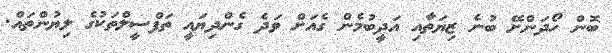
ބޮން ހޯދަންށޭ ބުނެ ޒިޔަތާއި އަދީބުމެން ގެއަށް ވަދެ ގެންދިޔައީ ތަފްސީލްތަކުގެ ލިޔުންތައް.